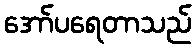
အော်ပရေတာသည်